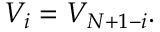
\begin{array} { r } { V _ { i } = V _ { N + 1 - i } . } \end{array}